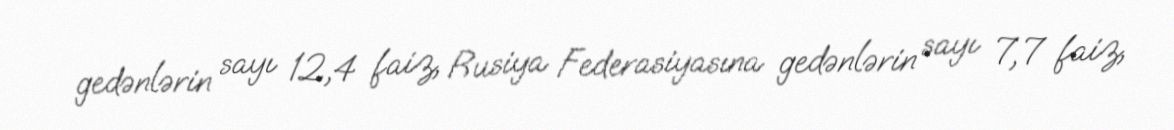
gedənlərin sayı 12,4 faiz, Rusiya Federasiyasına gedənlərin sayı 7,7 faiz,